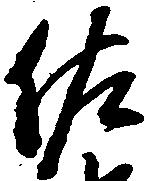
佐